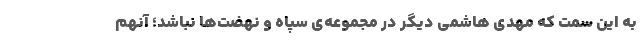
به این سمت که مهدی هاشمی دیگر در مجموعه‌ی سپاه و نهضت‌ها نباشد؛ آنهم